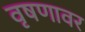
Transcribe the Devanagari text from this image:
वृषणावर